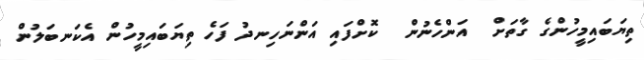
ތިޔަބައިމީހުންގެ ގާތަށް  އަންހެނުން  ކޮށްފައި އަންނަހިނދު ފަހެ ތިޔަބައިމީހުން އެކަނބަލުން